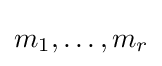
m_{1},\dots ,m_{r}